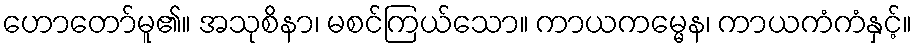
ဟောတော်မူ၏။ အသုစိနာ၊ မစင်ကြယ်သော။ ကာယကမ္မေန၊ ကာယကံကံနှင့်။